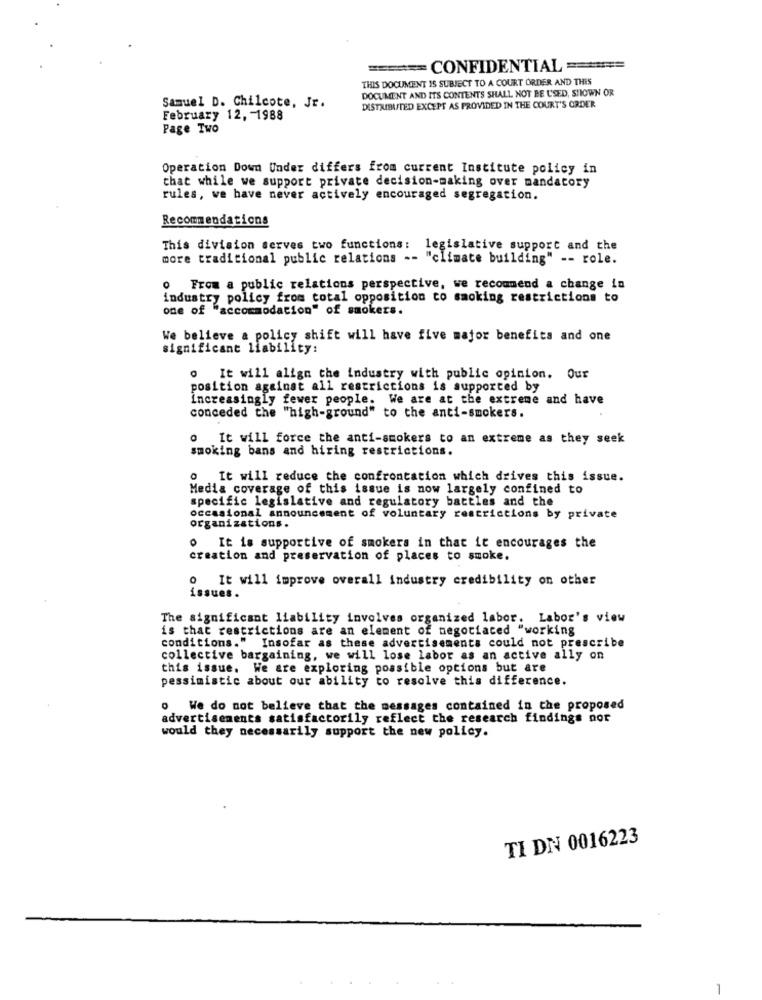
====== CONFIDENTIAL ======
THIS DOCUMENT IS SUBJECT TO A COURT ORDER AND THIS
DOCUMENT AND ITS CONTENTS SHALL NOT BE USED, SHOWN OR
Samuel D. Chilcote, Jr.
DISTRIBUTED EXCEPT AS PROVIDED IN THE COURT'S ORDER
February 12, 1988
Page Two
Operation Down Under differs from current Institute policy in
that while we support private decision-making over mandatory
rules, we have never actively encouraged segregation.
Recommendations
This division serves two functions: legislative support and the
more traditional public relations -- "climate building" -- role.
o From a public relations perspective, we recommend a change in
industry policy from total opposition to smoking restrictions to
one of "accommodation" of smokers.
We believe a policy shift will have five major benefits and one
significant liability:
o It will align the industry with public opinion. Our
position against all restrictions is supported by
increasingly fewer people. We are at the extreme and have
conceded the "high-ground" to the anti-smokers.
It will force the anti-smokers to an extreme as they seek
smoking bans and hiring restrictions.
o It will reduce the confrontation which drives this issue.
Media coverage of this issue is now largely confined to
specific legislative and regulatory battles and the
occasional announcement of voluntary restrictions by private
organizations.
. It is supportive of smokers in that it encourages the
creation and preservation of places to smoke.
o It will improve overall industry credibility on other
issues.
The significant liability involves organized labor. Labor's view
is that restrictions are an element of negotiated "working
conditions." Insofar as these advertisements could not prescribe
collective bargaining, we will lose labor as an active ally on
this issue. We are exploring possible options but are
pessimistic about our ability to resolve this difference.
o We do not believe that the messages contained in the proposed
advertisements satisfactorily reflect the research findings not
would they necessarily support the new policy.
TI DN 0016223
1